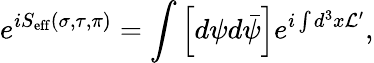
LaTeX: e^{iS_{\mathrm{eff}}(\sigma,\tau,\pi)}=\int\left[d\psi d\bar{\psi}\right]e^{i\int d^{3}x{\cal L}^{\prime}},